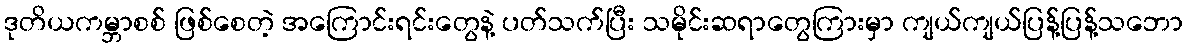
ဒုတိယကမ္ဘာစစ် ဖြစ်စေတဲ့ အကြောင်းရင်းတွေနဲ့ ပတ်သက်ပြီး သမိုင်းဆရာတွေကြားမှာ ကျယ်ကျယ်ပြန့်ပြန့်သဘော